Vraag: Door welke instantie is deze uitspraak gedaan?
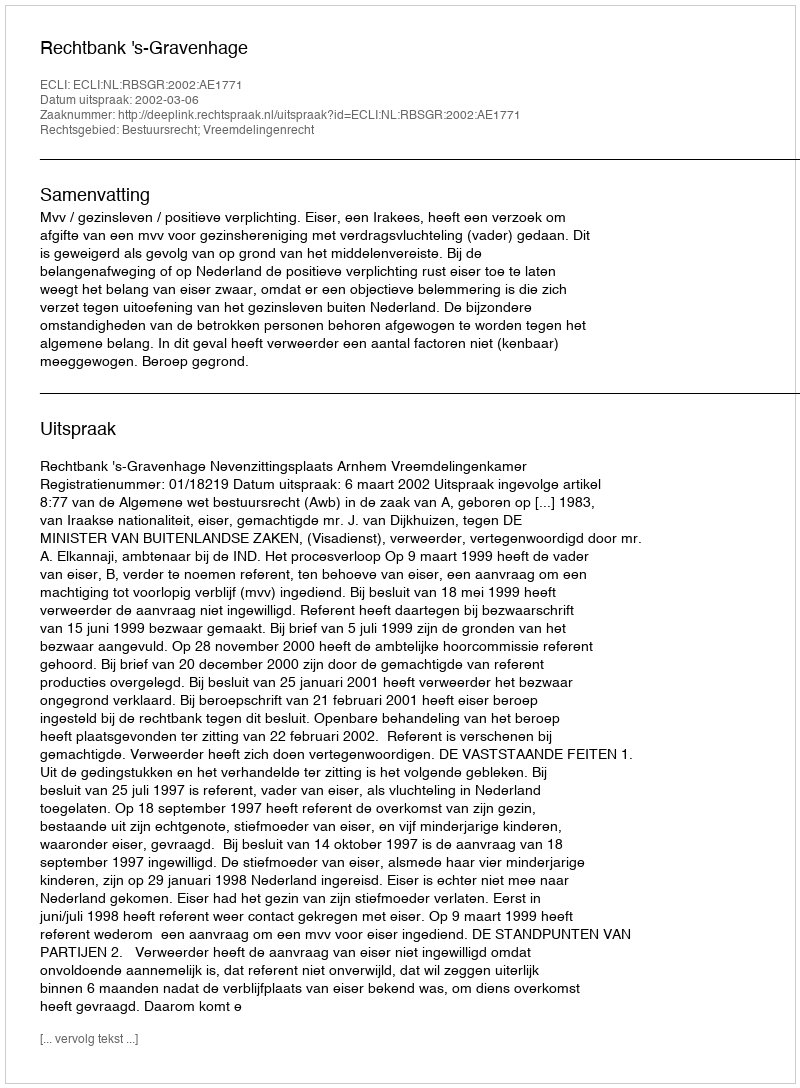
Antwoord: Rechtbank 's-Gravenhage